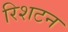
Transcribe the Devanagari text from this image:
रिशटन